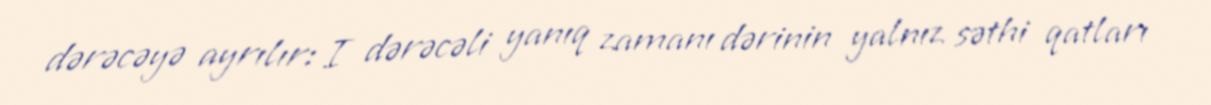
dərəcəyə ayrılır: I dərəcəli yanıq zamanı dərinin yalnız səthi qatları